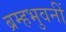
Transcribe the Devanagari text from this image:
ब्रम्हभुवनीं